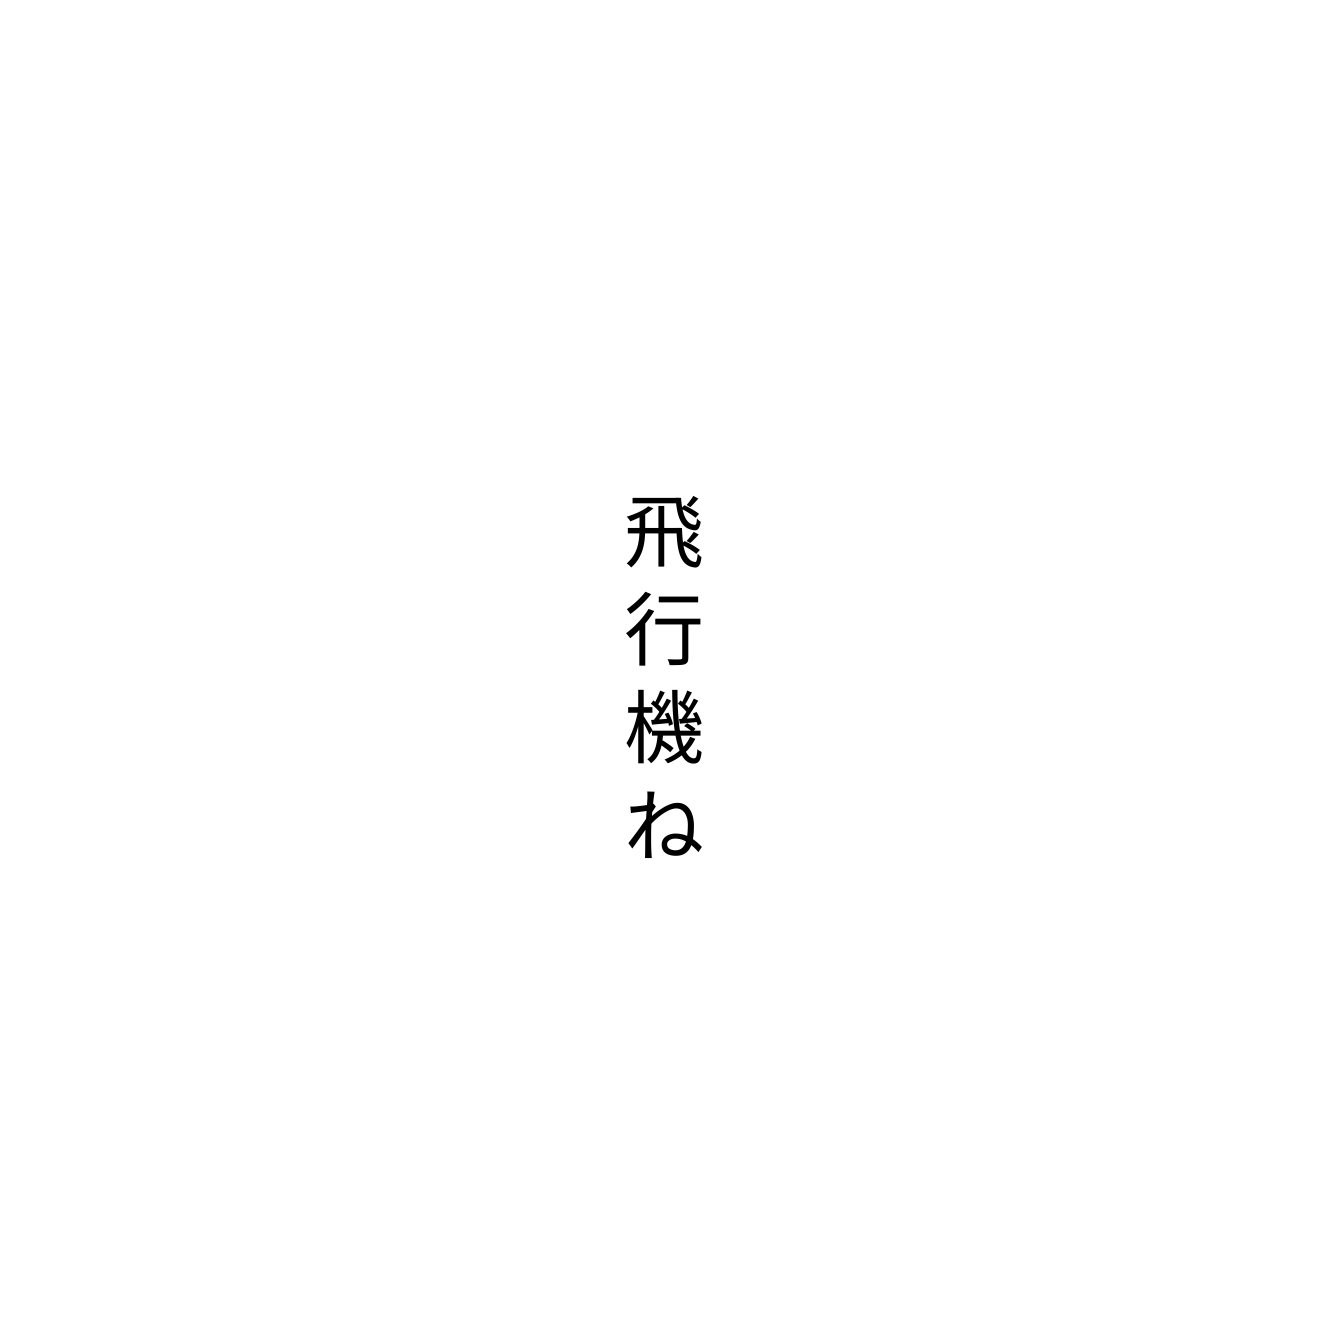
飛行機ね